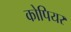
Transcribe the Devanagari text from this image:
कोपियर